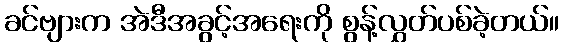
ခင်ဗျားက အဲဒီအခွင့်အရေးကို စွန့်လွှတ်ပစ်ခဲ့တယ်။